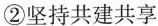
②坚持共建共享